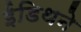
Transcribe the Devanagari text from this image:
ईडिथने